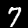
Label: 7